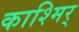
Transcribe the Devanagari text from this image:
काश्मिर्